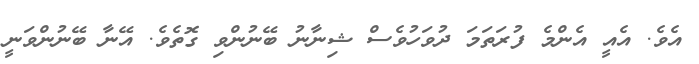
އެވެ. އެއީ އެންމެ ފުރަތަމަ ދުވަހުވެސް ޝިނާނު ބޭނުންވި ގޮތެވެ. އޭނާ ބޭނުންވަނީ